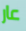
عار